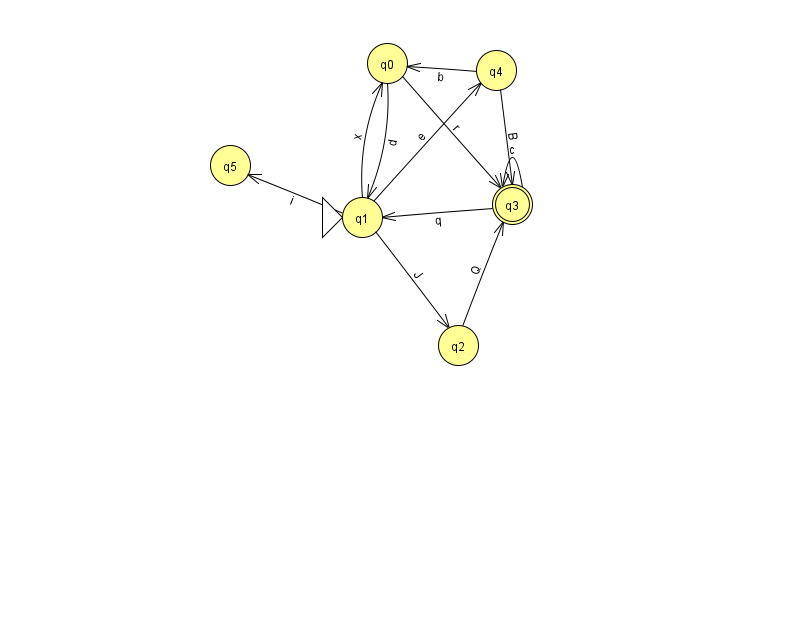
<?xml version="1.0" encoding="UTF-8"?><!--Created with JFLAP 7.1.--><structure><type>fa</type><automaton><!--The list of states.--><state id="0" name="q0"><x>387.0</x><y>50.0</y></state><state id="1" name="q1"><x>362.0</x><y>204.0</y><initial/></state><state id="2" name="q2"><x>458.0</x><y>332.0</y></state><state id="3" name="q3"><x>512.0</x><y>191.0</y><final/></state><state id="4" name="q4"><x>496.0</x><y>57.0</y></state><state id="5" name="q5"><x>230.0</x><y>152.0</y></state><!--The list of transitions.--><transition><from>1</from><to>5</to><read>i</read></transition><transition><from>1</from><to>0</to><read>x</read></transition><transition><from>1</from><to>4</to><read>e</read></transition><transition><from>3</from><to>1</to><read>q</read></transition><transition><from>3</from><to>3</to><read>c</read></transition><transition><from>1</from><to>2</to><read>J</read></transition><transition><from>4</from><to>3</to><read>B</read></transition><transition><from>0</from><to>3</to><read>r</read></transition><transition><from>2</from><to>3</to><read>Q</read></transition><transition><from>4</from><to>0</to><read>b</read></transition><transition><from>0</from><to>1</to><read>d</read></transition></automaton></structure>